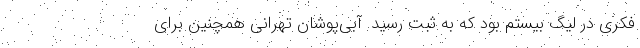
فکری در لیگ بیستم بود که به ثبت رسید. آبی‌پوشان تهرانی همچنین برای